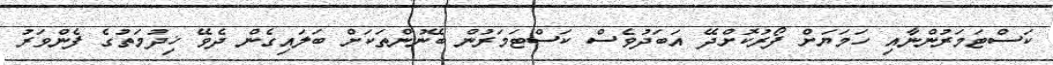
ކަސްޓަމަރުންނާއި ހަމަޔަށް ފޯރުކޮށްދޭ އަބަދުވެސް ކަސްޓަމަރުން ބޭނުންތަކަށް ބަލައިގެން ދެވޭ ޚިދުމަތުގެ ފެންވަރު